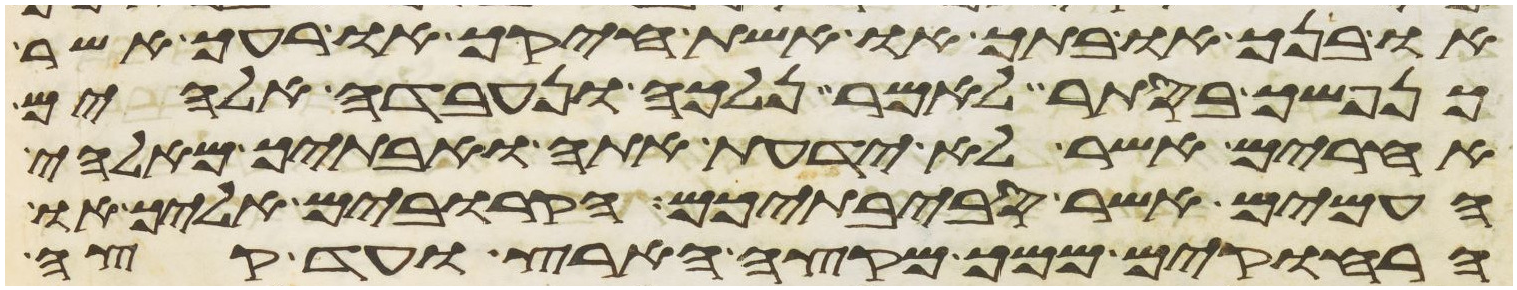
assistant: או בנך או בתך או אשת חיקך או רעך אשר
כנפשך בסתר לאמר נלכה ונעבדה אלהים
אחרים אשר לא ידעת אתה ואבתיך מאלהי
העמים אשר סביבתיכם הקרובים אליך או
הרחוקים ממך מקצה הארץ ועד קצה